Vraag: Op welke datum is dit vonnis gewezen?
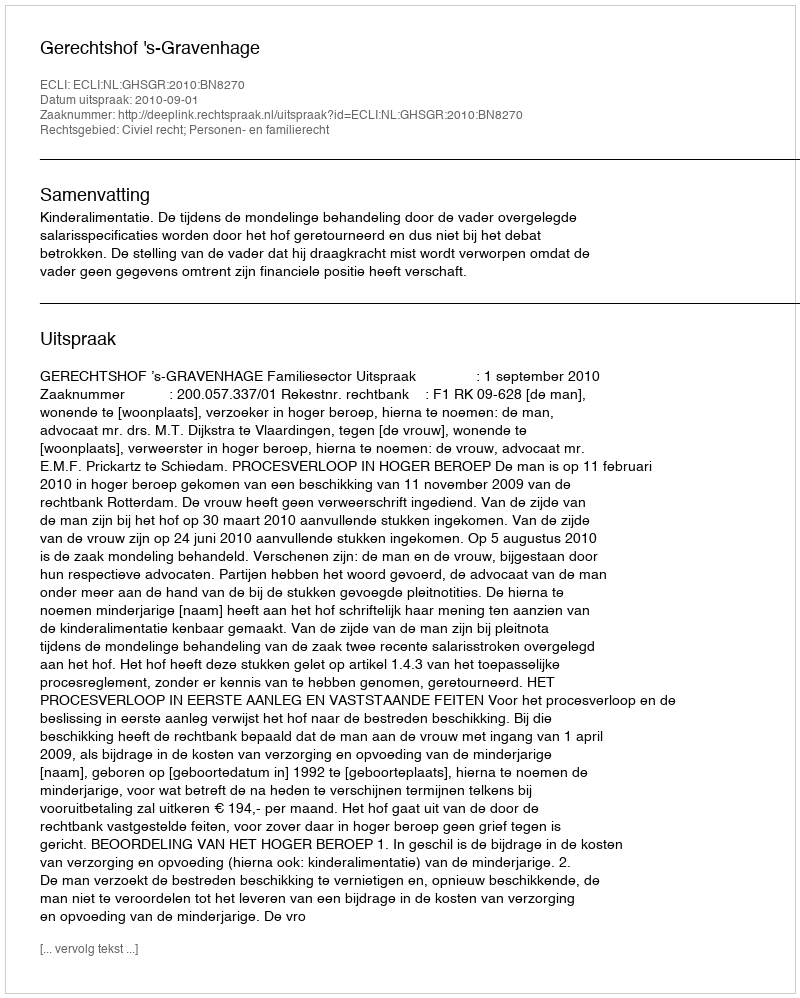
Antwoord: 2010-09-01